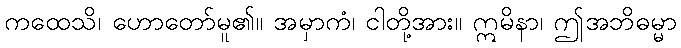
ကထေသိ၊ ဟောတော်မူ၏။ အမှာကံ၊ ငါတို့အား။ ဣမိနာ၊ ဤအဘိဓမ္မာ